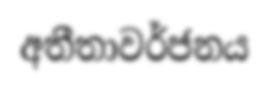
අතීතාවර්ජනය